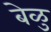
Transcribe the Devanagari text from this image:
बेळु